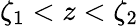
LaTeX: \zeta_{1}<z<\zeta_{2}